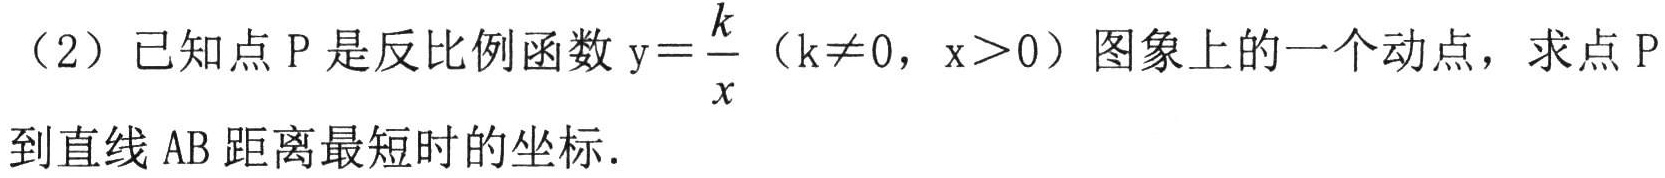
（2）已知点$\mathrm{P}$是反比例函数$\mathrm{y}=\dfrac{k}{x}$（$k\neq0$，$x > 0$）图象上的一个动点，求点$\mathrm{P}$到直线$\mathrm{AB}$距离最短时的坐标.